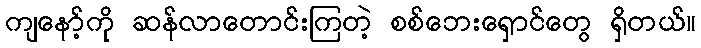
ကျနော့်ကို ဆန်လာတောင်းကြတဲ့ စစ်ဘေးရှောင်တွေ ရှိတယ်။